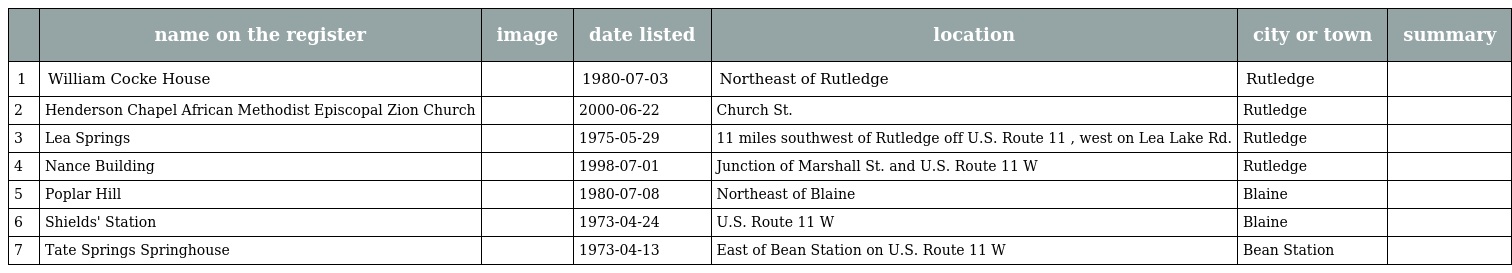
|  | name on the register | image | date listed | location | city or town | summary |
 | --- | --- | --- | --- | --- | --- | --- |
 | 1 | William Cocke House |  | 1980-07-03 | Northeast of Rutledge | Rutledge |  |
 | 2 | Henderson Chapel African Methodist Episcopal Zion Church |  | 2000-06-22 | Church St. | Rutledge |  |
 | 3 | Lea Springs |  | 1975-05-29 | 11 miles southwest of Rutledge off U.S. Route 11 , west on Lea Lake Rd. | Rutledge |  |
 | 4 | Nance Building |  | 1998-07-01 | Junction of Marshall St. and U.S. Route 11 W | Rutledge |  |
 | 5 | Poplar Hill |  | 1980-07-08 | Northeast of Blaine | Blaine |  |
 | 6 | Shields' Station |  | 1973-04-24 | U.S. Route 11 W | Blaine |  |
 | 7 | Tate Springs Springhouse |  | 1973-04-13 | East of Bean Station on U.S. Route 11 W | Bean Station |  |